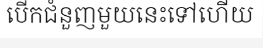
បើកជំនួញមួយនេះទៅហើយ